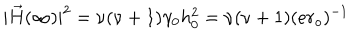
| \vec { H } ( \infty ) | ^ { 2 } = \nu ( \nu + 1 ) \gamma _ { 0 } h _ { 0 } ^ { 2 } = \nu ( \nu + 1 ) ( e r _ { o } ) ^ { - 1 }